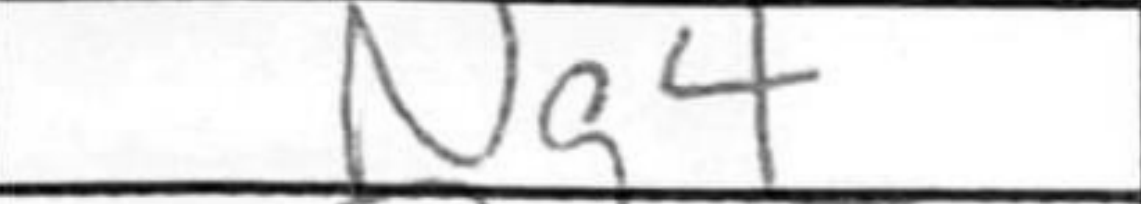
Transcription: Ng4